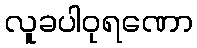
လူခပါဝုရဏော